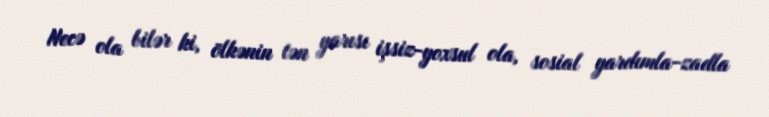
Necə ola bilər ki, ölkənin tən yarısı işsiz-yoxsul ola, sosial yardımla-zadla